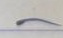
-